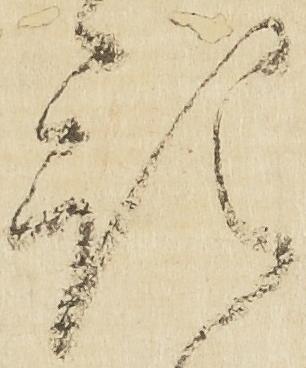
預